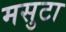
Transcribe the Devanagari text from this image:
मसुटा